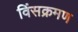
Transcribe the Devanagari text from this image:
विंसक्रमण